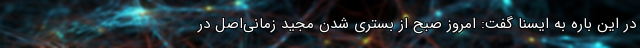
در این باره به ایسنا گفت: امروز صبح از بستری شدن مجید زمانی‌اصل در